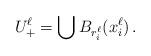
LaTeX: \begin{align*}U^\ell_+ = \bigcup B_{r^\ell_i}(x^\ell_i)\, .\end{align*}